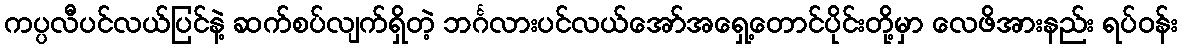
ကပ္ပလီပင်လယ်ပြင်နဲ့ ဆက်စပ်လျက်ရှိတဲ့ ဘင်္ဂလားပင်လယ်အော်အရှေ့တောင်ပိုင်းတို့မှာ လေဖိအားနည်း ရပ်ဝန်း